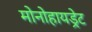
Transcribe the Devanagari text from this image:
मोनोहायड्रेट